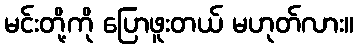
မင်းတို့ကို ပြောဖူးတယ် မဟုတ်လား။